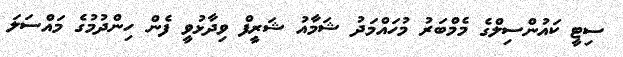
ސިޓީ ކައުންސިލްގެ މެމްބަރު މުހައްމަދު ޝަމާއު ޝަރީފް ވިދާޅުވީ ފެން ހިންދުމުގެ މައްސަލަ